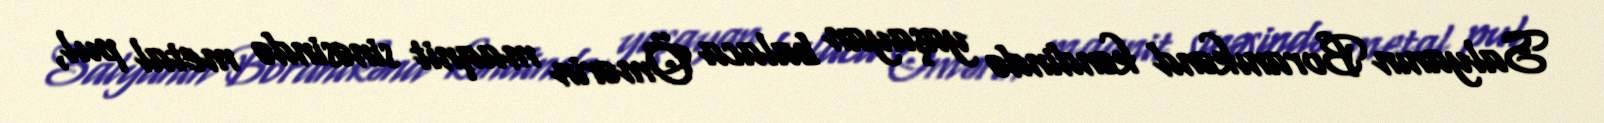
Salyanın Boranıkənd kəndində yaşayan balaca Ömərin maqnit sinəsində metal pul,